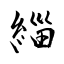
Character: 緇